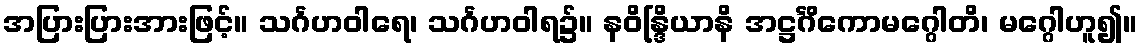
အပြားပြားအားဖြင့်။ သင်္ဂဟဝါရေ၊ သင်္ဂဟဝါရ၌။ နဝိန္ဒြိယာနိ အဋ္ဌင်္ဂိကောမဂ္ဂေါတိ၊ မဂ္ဂေါဟူ၍။